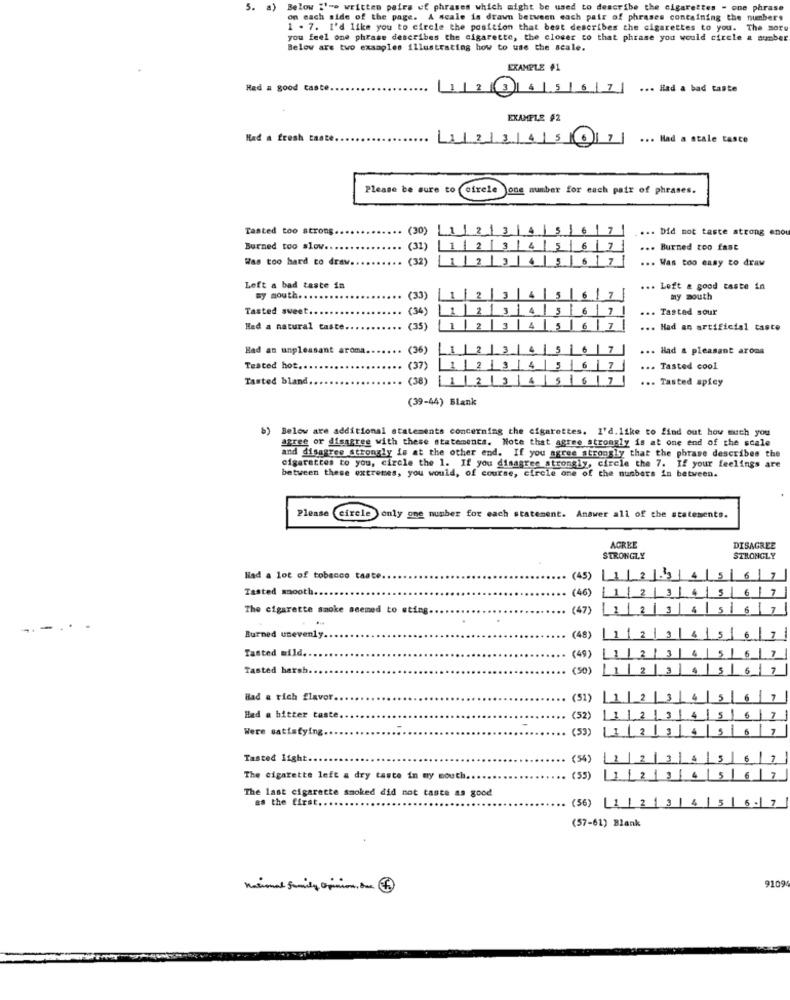
5. a) Below I'=o written pairs uf phrases which might be used to describe the cigarettes - one phrase
on each side of the page. A scale is drawn between each pair of phrases containing the numbers
1 . 7. I'd like you to circle the position that best describes the cigarettes to you. The sor
you feel one phrase describes the cigarette, the closer to that phrase you would circle a number
Below are two examples illustrating how to use the scale.
EXAMPLE #1
Had a good taste.
1234567
... Had a bad taste
EXAMPLE $2
Had a fresh taste.
1213415 67
... Had a stale tasce
Please be sure to ofrele )one number for each pair of phrases.
Tasted too strong.
...
(30)
1
2
3
4
5
6
71
... Did not taste strong enou
Burned too slow ..
(31)
2
4 5
6
7
... Burned too fast
Was too hard to draw.
...
(32)
2 3 4
6 7
... Was too easy to draw
Left a bad taste in
... Left a good taste in
my mouth.
(33)
1|2
4
5
6
7
my mouth
Tasted sweet ...
(34)
1 2 3 4 5 6
7
... Tasted sour
Had a natural taste.
.. (
1 2 3
4 5 6 7
... Had an artificial taste
Had an unpleasant aroma ..
.. (36)
6
7
... Had & pleasant aroma
Tested hot.
(37)
1 |2 3
6
... Tasted cool
Tasted bland
(38)
1
7
... Tasted spicy
(39-44) Blank
)Below are additional statements concerning the cigarettes. I'd. like to find out how much you
agree or disagree with these statements. Note that agree strongly is at one end of the scale
and disagree strongly is at the other end. If you agree strongly that the phrase describes the
cigarettes to you, circle the 1. If you disagree strongly, circle the 7. If your feelings are
between these extremes, you would, of course, circle one of the numbers in between.
Please circle only one number for each statement. Answer all of the statesents.
AGREE
DISAGREE
STRONGLY
STRONGLY
Had a lot of tobacco taste.
(45)
1/2
Tasted smooth.
(46)
The cigarette smoke seemed to sting
(47)
2
Burned unevenly ..
(48)
Tasted mild ..
(49)
Tasted harsh
(50)
2
Bad & rich flavor.
(51)
Had a bitter taste.
(52)
Were satisfying.
(53)
Tasted light ..
(54)
The cigarette left a dry taste in my mouth ..
(55)
The last cigarette smoked did not taste as good
as the first ..
(56) L1
(57-61) Blank
national family Opinion, boc
9109